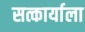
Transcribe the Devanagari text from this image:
सत्कार्याला